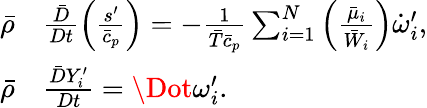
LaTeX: \begin{array}{rl}{\bar{\rho}}&{{}\frac{\bar{D}}{Dt}\left(\frac{s^{\prime}}{\bar{c}_{p}}\right)=-\frac{1}{\bar{T}\bar{c}_{p}}\sum_{i=1}^{N}\left(\frac{\bar{\mu}_{i}}{\bar{W}_{i}}\right)\dot{\omega}_{i}^{\prime},}\\ {\bar{\rho}}&{{}\frac{\bar{D}Y_{i}^{\prime}}{Dt}={\Dot\omega_{i}^{\prime}}.}\end{array}